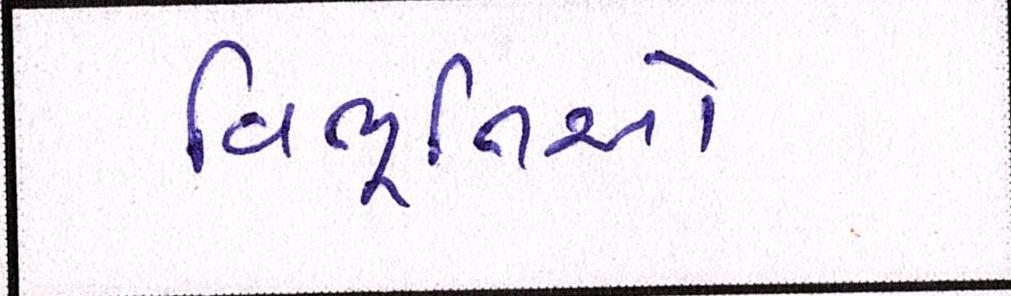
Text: વિભૂતિઓ